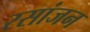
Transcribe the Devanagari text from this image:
रसांजन